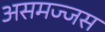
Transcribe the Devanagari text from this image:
असमज्जस